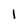
Character: 1